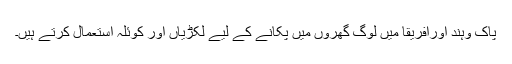
پاک وہند اورافریقا میں لوگ گھروں میں پکانے کے لیے لکڑیاں اور کوئلہ استعمال کرتے ہیں۔